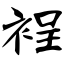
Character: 裎